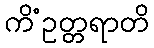
ကိံဥတ္တရာတိ